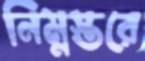
নিম্নস্তরে